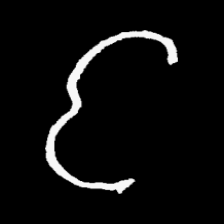
Pyu character \u2014 Myanmar letter: င (romanized: nga)